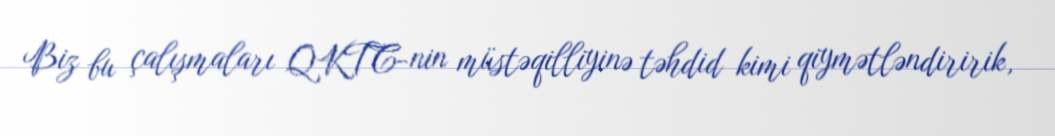
Biz bu çalışmaları QKTC-nin müstəqilliyinə təhdid kimi qiymətləndiririk,